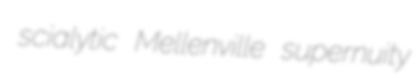
scialytic Mellenville supernuity